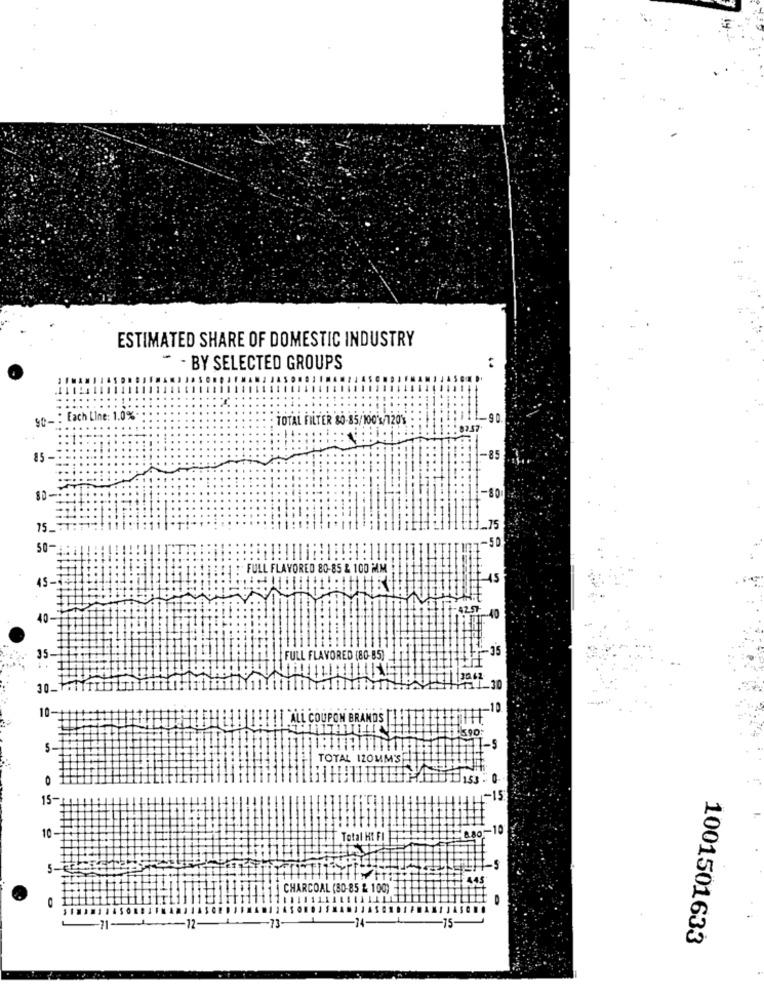
ESTIMATED SHARE OF DOMESTIC INDUSTRY
" - BY SELECTED GROUPS
Each Line: 1.0%
TOTAL FILTER 80-85/100'3/120%
-90
85 -
-85
-80
75 _- 7
.75
50-
FULL FLAVORED 80-85 & 100 MM
45-
-35
FULL FLAVORED (80-85)
30.
OUPON B
TOTAL 120MM'S
O
15-
-15
10
0-10
Total HI FI
5-
CHARCOAL (80-85 & 100)
-
12-1-73
1001501633